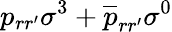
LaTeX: p_{rr^{\prime}}\sigma^{3}+\overline{{p}}_{rr^{\prime}}\sigma^{0}